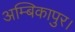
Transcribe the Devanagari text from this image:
अम्बिकापुर।